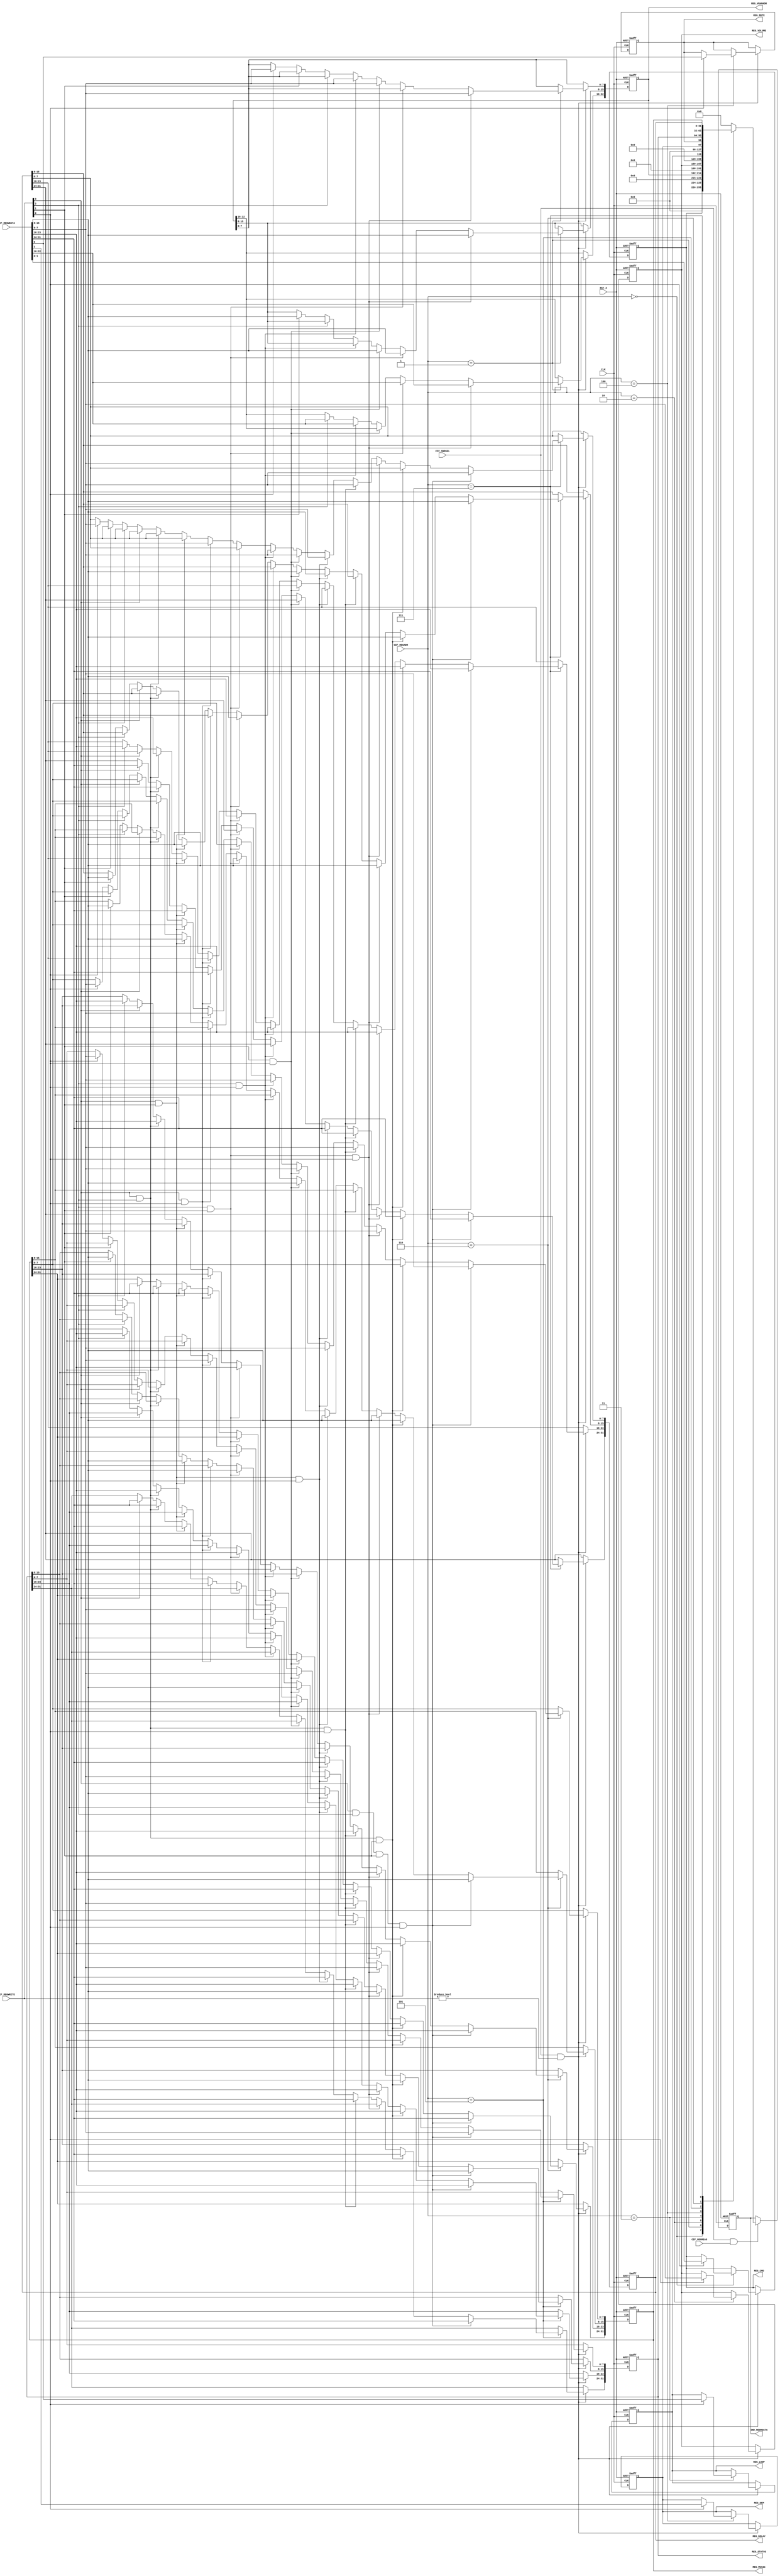
module snd_regctrl
  (
   //input
   input         CLK,
   input         RST_X,
   input         CIF_SNDSEL,
   input         CIF_REGREAD,
   input  [3:0]  CIF_REGWRITE,
   input  [3:0]  CIF_REGADR,
   input  [31:0] CIF_REGWDATA,

   //output
   output reg [31:0] SND_REGRDATA,
   output [ 1:0] REG_CMD,
   output [22:0] REG_VRAMADR,
   output [ 7:0] REG_VOLUME,
   output 		 REG_LOOP,
   output		 REG_DEM,
   output		 REG_MUTE,
   output [31:0] REG_STATUS,
   output [31:0] REG_MUSIC,
   output [31:0] REG_DELAY
   );

    reg [ 1:0] CMD;
    reg [22:0] VRAMADR;
    reg [ 7:0] VOLUME;
    reg		   LOOP;
    reg		   DEM;
    reg		   MUTE;
    reg [31:0] STATUS;
	reg	[31:0] MUSIC;
	reg	[31:0] DELAY;

	assign REG_CMD = CMD;
	assign REG_VRAMADR = VRAMADR;
	assign REG_VOLUME = VOLUME;
	assign REG_LOOP = LOOP;
	assign REG_DEM = DEM;
	assign REG_MUTE = MUTE;
	assign REG_STATUS = STATUS;
	assign REG_MUSIC = MUSIC;
	assign REG_DELAY = DELAY;

	// register read
	always @ (posedge CLK or negedge RST_X) begin
        if( !RST_X ) begin
			SND_REGRDATA <= 0;
		end
		else if(CIF_SNDSEL == 1 && CIF_REGREAD == 1) begin
			case( CIF_REGADR )
				4'h0 :
					SND_REGRDATA <= { 30'b0 , REG_CMD };

				4'h1 :
					SND_REGRDATA <= { 9'b0 , REG_VRAMADR};

				4'h2 :
					SND_REGRDATA <= { 24'b0 , REG_VOLUME};

				4'h3 :
					SND_REGRDATA <= { 31'b0 , REG_LOOP};

				4'h4 :
					SND_REGRDATA <= { 30'b0 , REG_DEM, REG_MUTE};

				4'h5 :
					SND_REGRDATA <= {REG_STATUS};

				4'h6 :
					SND_REGRDATA <= {REG_MUSIC};

				4'h7 :
					SND_REGRDATA <= {REG_DELAY};

			default :
				SND_REGRDATA <= 32'b0;

			endcase
		end
	end

    //register write CMD 4'h0
	always @(posedge CLK or negedge RST_X) begin //CON
		if(!RST_X) begin
			CMD <= 2'b0;
		end
		else if(CIF_SNDSEL && CIF_REGWRITE != 4'h0) begin
			if(CIF_REGADR == 4'h0) begin
				if(CIF_REGWRITE[0]) begin
					CMD <= CIF_REGWDATA[1:0];
				end
			end
		end
	end

	//register write VRAMADR 4'h1
	always @(posedge CLK or negedge RST_X) begin //CON
		if(!RST_X) begin
			VRAMADR <= 23'b0;
		end
		else if(CIF_SNDSEL && CIF_REGWRITE != 4'h0) begin
			if(CIF_REGADR == 4'h1) begin
				if(CIF_REGWRITE[2] && CIF_REGWRITE[1] && CIF_REGWRITE[0])
					VRAMADR <= CIF_REGWDATA[22:0];
				else if(CIF_REGWRITE[2] && CIF_REGWRITE[1])
					VRAMADR[22:8] <= CIF_REGWDATA[22:8];
				else if(CIF_REGWRITE[1] && CIF_REGWRITE[0])
					VRAMADR[15:0] <= CIF_REGWDATA[15:0];
				else if(CIF_REGWRITE[2] && CIF_REGWRITE[0]) begin
					VRAMADR[22:16] <= CIF_REGWDATA[22:16];
					VRAMADR[7:0] <= CIF_REGWDATA[7:0];
					end
				else if(CIF_REGWRITE[2])
					VRAMADR[22:16] <= CIF_REGWDATA[22:16];
				else if(CIF_REGWRITE[1])
					VRAMADR[15:8] <= CIF_REGWDATA[15:8];
				else if(CIF_REGWRITE[0])
					VRAMADR[7:0] <= CIF_REGWDATA[7:0];
				end
		end
	end

    //register write VOLUME 4'h2
	always @(posedge CLK or negedge RST_X) begin //CON
		if(!RST_X) begin
			VOLUME <= 8'b0;
		end
		else if(CIF_SNDSEL && CIF_REGWRITE != 4'h0) begin
			if(CIF_REGADR == 4'h2) begin
				if(CIF_REGWRITE[0]) begin
					VOLUME <= CIF_REGWDATA[7:0];
				end
			end
		end
	end

	//register write LOOP 4'h3
	always @(posedge CLK or negedge RST_X) begin //CON
		if(!RST_X) begin
			LOOP <= 1'b0;
		end
		else if(CIF_SNDSEL && CIF_REGWRITE != 4'h0) begin
			if(CIF_REGADR == 4'h3) begin
				if(CIF_REGWRITE[0]) begin
					LOOP <= CIF_REGWDATA[0];
				end
			end
		end
	end

	//register write DEM 4'h4
	always @(posedge CLK or negedge RST_X) begin //CON
		if(!RST_X) begin
			DEM <= 1'b0;
		end
		else if(CIF_SNDSEL && CIF_REGWRITE != 4'h0) begin
			if(CIF_REGADR == 4'h4) begin
				if(CIF_REGWRITE[0]) begin
					DEM <= CIF_REGWDATA[1];
				end
			end
		end
	end

	//register write MUTE 4'h4
	always @(posedge CLK or negedge RST_X) begin //CON
		if(!RST_X) begin
			MUTE <= 1'b0;
		end
		else if(CIF_SNDSEL && CIF_REGWRITE != 4'h0) begin
			if(CIF_REGADR == 4'h4) begin
				if(CIF_REGWRITE[0]) begin
					MUTE <= CIF_REGWDATA[0];
				end
			end
		end
	end

	//register write STATUS 4'h5
	always @(posedge CLK or negedge RST_X) begin //CON
		if(!RST_X) begin
			STATUS <= 32'b0;
		end
		else if(CIF_SNDSEL && CIF_REGWRITE != 4'h0) begin
			if(CIF_REGADR == 4'h5) begin
				if(CIF_REGWRITE[3] & CIF_REGWRITE[2] && CIF_REGWRITE[1] && CIF_REGWRITE[0])
					STATUS <= CIF_REGWDATA[31:0];
				else if(CIF_REGWRITE[3] && CIF_REGWRITE[2] && CIF_REGWRITE[1]) begin
					STATUS[31:24] <= CIF_REGWDATA[31:24];
					STATUS[23:16] <= CIF_REGWDATA[23:16];
					STATUS[15:8] <= CIF_REGWDATA[15:8];
					end
				else if(CIF_REGWRITE[2] && CIF_REGWRITE[1] && CIF_REGWRITE[0]) begin
					STATUS[23:16] <= CIF_REGWDATA[23:16];
					STATUS[15:8] <= CIF_REGWDATA[15:8];
					STATUS[7:0] <= CIF_REGWDATA[7:0];
					end
				else if(CIF_REGWRITE[3] && CIF_REGWRITE[2] && CIF_REGWRITE[0]) begin
					STATUS[31:24] <= CIF_REGWDATA[31:24];
					STATUS[23:16] <= CIF_REGWDATA[23:16];
					STATUS[7:0] <= CIF_REGWDATA[7:0];
					end
				else if(CIF_REGWRITE[3] && CIF_REGWRITE[1] && CIF_REGWRITE[0]) begin
					STATUS[31:24] <= CIF_REGWDATA[31:24];
					STATUS[15:8] <= CIF_REGWDATA[15:8];
					STATUS[7:0] <= CIF_REGWDATA[7:0];
					end
				else if(CIF_REGWRITE[1] && CIF_REGWRITE[0]) begin
					STATUS[15:8] <= CIF_REGWDATA[15:8];
					STATUS[7:0] <= CIF_REGWDATA[7:0];
					end
				else if(CIF_REGWRITE[2] && CIF_REGWRITE[0])	begin
					STATUS[23:16] <= CIF_REGWDATA[23:16];
					STATUS[7:0] <= CIF_REGWDATA[7:0];
					end
				else if(CIF_REGWRITE[2] && CIF_REGWRITE[1])	begin
					STATUS[23:16] <= CIF_REGWDATA[23:16];
					STATUS[15:8] <= CIF_REGWDATA[15:8];
					end
				else if(CIF_REGWRITE[3] && CIF_REGWRITE[0])	begin
					STATUS[31:24] <= CIF_REGWDATA[31:24];
					STATUS[7:0] <= CIF_REGWDATA[7:0];
					end
				else if(CIF_REGWRITE[3] && CIF_REGWRITE[1])	begin
					STATUS[31:24] <= CIF_REGWDATA[31:24];
					STATUS[15:8] <= CIF_REGWDATA[15:8];
					end
				else if(CIF_REGWRITE[3] && CIF_REGWRITE[2])	begin
					STATUS[31:24] <= CIF_REGWDATA[31:24];
					STATUS[23:16] <= CIF_REGWDATA[23:16];
					end
				else if(CIF_REGWRITE[3])
					STATUS[31:24] <= CIF_REGWDATA[31:24];
				else if(CIF_REGWRITE[2])
					STATUS[23:16] <= CIF_REGWDATA[23:16];
				else if(CIF_REGWRITE[1])
					STATUS[15:8] <= CIF_REGWDATA[15:8];
				else if(CIF_REGWRITE[0])
					STATUS[7:0] <= CIF_REGWDATA[7:0];
				end
		end
	end

	//register write MUSIC 4'h6
	always @(posedge CLK or negedge RST_X) begin //CON
		if(!RST_X) begin
			MUSIC <= 32'b0;
		end
		else if(CIF_SNDSEL && CIF_REGWRITE != 4'h0) begin
			if(CIF_REGADR == 4'h6) begin
				if(CIF_REGWRITE[3] & CIF_REGWRITE[2] && CIF_REGWRITE[1] && CIF_REGWRITE[0])
					MUSIC <= CIF_REGWDATA[31:0];
				else if(CIF_REGWRITE[3] && CIF_REGWRITE[2] && CIF_REGWRITE[1]) begin
					MUSIC[31:24] <= CIF_REGWDATA[31:24];
					MUSIC[23:16] <= CIF_REGWDATA[23:16];
					MUSIC[15:8] <= CIF_REGWDATA[15:8];
					end
				else if(CIF_REGWRITE[2] && CIF_REGWRITE[1] && CIF_REGWRITE[0]) begin
					MUSIC[23:16] <= CIF_REGWDATA[23:16];
					MUSIC[15:8] <= CIF_REGWDATA[15:8];
					MUSIC[7:0] <= CIF_REGWDATA[7:0];
					end
				else if(CIF_REGWRITE[3] && CIF_REGWRITE[2] && CIF_REGWRITE[0]) begin
					MUSIC[31:24] <= CIF_REGWDATA[31:24];
					MUSIC[23:16] <= CIF_REGWDATA[23:16];
					MUSIC[7:0] <= CIF_REGWDATA[7:0];
					end
				else if(CIF_REGWRITE[3] && CIF_REGWRITE[1] && CIF_REGWRITE[0]) begin
					MUSIC[31:24] <= CIF_REGWDATA[31:24];
					MUSIC[15:8] <= CIF_REGWDATA[15:8];
					MUSIC[7:0] <= CIF_REGWDATA[7:0];
					end
				else if(CIF_REGWRITE[1] && CIF_REGWRITE[0]) begin
					MUSIC[15:8] <= CIF_REGWDATA[15:8];
					MUSIC[7:0] <= CIF_REGWDATA[7:0];
					end
				else if(CIF_REGWRITE[2] && CIF_REGWRITE[0])	begin
					MUSIC[23:16] <= CIF_REGWDATA[23:16];
					MUSIC[7:0] <= CIF_REGWDATA[7:0];
					end
				else if(CIF_REGWRITE[2] && CIF_REGWRITE[1])	begin
					MUSIC[23:16] <= CIF_REGWDATA[23:16];
					MUSIC[15:8] <= CIF_REGWDATA[15:8];
					end
				else if(CIF_REGWRITE[3] && CIF_REGWRITE[0])	begin
					MUSIC[31:24] <= CIF_REGWDATA[31:24];
					MUSIC[7:0] <= CIF_REGWDATA[7:0];
					end
				else if(CIF_REGWRITE[3] && CIF_REGWRITE[1])	begin
					MUSIC[31:24] <= CIF_REGWDATA[31:24];
					MUSIC[15:8] <= CIF_REGWDATA[15:8];
					end
				else if(CIF_REGWRITE[3] && CIF_REGWRITE[2])	begin
					MUSIC[31:24] <= CIF_REGWDATA[31:24];
					MUSIC[23:16] <= CIF_REGWDATA[23:16];
					end
				else if(CIF_REGWRITE[3])
					MUSIC[31:24] <= CIF_REGWDATA[31:24];
				else if(CIF_REGWRITE[2])
					MUSIC[23:16] <= CIF_REGWDATA[23:16];
				else if(CIF_REGWRITE[1])
					MUSIC[15:8] <= CIF_REGWDATA[15:8];
				else if(CIF_REGWRITE[0])
					MUSIC[7:0] <= CIF_REGWDATA[7:0];
				end
		end
	end


	//register write DELAY 4'h7
	always @(posedge CLK or negedge RST_X) begin //CON
		if(!RST_X) begin
			DELAY <= 32'b0;
		end
		else if(CIF_SNDSEL && CIF_REGWRITE != 4'h0) begin
			if(CIF_REGADR == 4'h7) begin
				if(CIF_REGWRITE[3] & CIF_REGWRITE[2] && CIF_REGWRITE[1] && CIF_REGWRITE[0])
					DELAY <= CIF_REGWDATA[31:0];
				else if(CIF_REGWRITE[3] && CIF_REGWRITE[2] && CIF_REGWRITE[1]) begin
					DELAY[31:24] <= CIF_REGWDATA[31:24];
					DELAY[23:16] <= CIF_REGWDATA[23:16];
					DELAY[15:8] <= CIF_REGWDATA[15:8];
					end
				else if(CIF_REGWRITE[2] && CIF_REGWRITE[1] && CIF_REGWRITE[0]) begin
					DELAY[23:16] <= CIF_REGWDATA[23:16];
					DELAY[15:8] <= CIF_REGWDATA[15:8];
					DELAY[7:0] <= CIF_REGWDATA[7:0];
					end
				else if(CIF_REGWRITE[3] && CIF_REGWRITE[2] && CIF_REGWRITE[0]) begin
					DELAY[31:24] <= CIF_REGWDATA[31:24];
					DELAY[23:16] <= CIF_REGWDATA[23:16];
					DELAY[7:0] <= CIF_REGWDATA[7:0];
					end
				else if(CIF_REGWRITE[3] && CIF_REGWRITE[1] && CIF_REGWRITE[0]) begin
					DELAY[31:24] <= CIF_REGWDATA[31:24];
					DELAY[15:8] <= CIF_REGWDATA[15:8];
					DELAY[7:0] <= CIF_REGWDATA[7:0];
					end
				else if(CIF_REGWRITE[1] && CIF_REGWRITE[0]) begin
					DELAY[15:8] <= CIF_REGWDATA[15:8];
					DELAY[7:0] <= CIF_REGWDATA[7:0];
					end
				else if(CIF_REGWRITE[2] && CIF_REGWRITE[0])	begin
					DELAY[23:16] <= CIF_REGWDATA[23:16];
					DELAY[7:0] <= CIF_REGWDATA[7:0];
					end
				else if(CIF_REGWRITE[2] && CIF_REGWRITE[1])	begin
					DELAY[23:16] <= CIF_REGWDATA[23:16];
					DELAY[15:8] <= CIF_REGWDATA[15:8];
					end
				else if(CIF_REGWRITE[3] && CIF_REGWRITE[0])	begin
					DELAY[31:24] <= CIF_REGWDATA[31:24];
					DELAY[7:0] <= CIF_REGWDATA[7:0];
					end
				else if(CIF_REGWRITE[3] && CIF_REGWRITE[1])	begin
					DELAY[31:24] <= CIF_REGWDATA[31:24];
					DELAY[15:8] <= CIF_REGWDATA[15:8];
					end
				else if(CIF_REGWRITE[3] && CIF_REGWRITE[2])	begin
					DELAY[31:24] <= CIF_REGWDATA[31:24];
					DELAY[23:16] <= CIF_REGWDATA[23:16];
					end
				else if(CIF_REGWRITE[3])
					DELAY[31:24] <= CIF_REGWDATA[31:24];
				else if(CIF_REGWRITE[2])
					DELAY[23:16] <= CIF_REGWDATA[23:16];
				else if(CIF_REGWRITE[1])
					DELAY[15:8] <= CIF_REGWDATA[15:8];
				else if(CIF_REGWRITE[0])
					DELAY[7:0] <= CIF_REGWDATA[7:0];
				end
		end
	end

endmodule